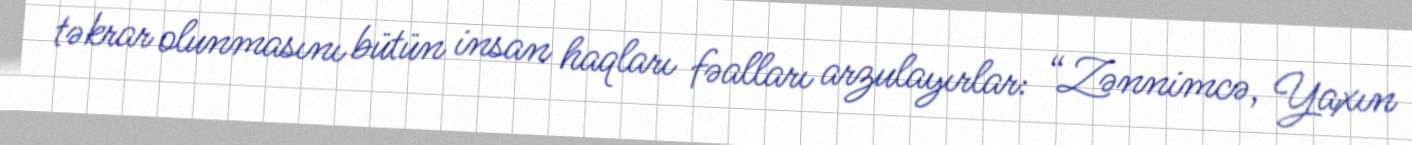
təkrar olunmasını bütün insan haqları fəalları arzulayırlar: “Zənnimcə, Yaxın